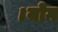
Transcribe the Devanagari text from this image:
।योग